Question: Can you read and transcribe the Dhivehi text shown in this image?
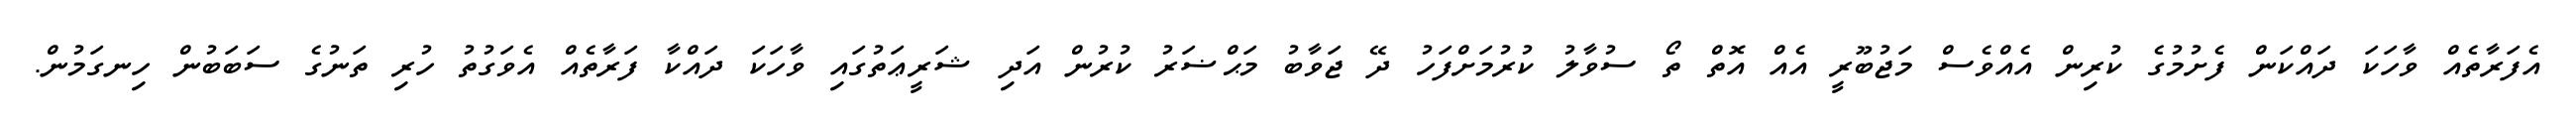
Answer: އެފަރާތެއް ވާހަކަ ދައްކަން ފެށުމުގެ ކުރިން އެއްވެސް މަޖުބޫރީ އެއް އޮތް ތޯ ސުވާލު ކުރުމަށްފަހު ދޭ ޖަވާބު މަޙްޟަރު ކުރުން އަދި ޝަރީޢަތުގައި ވާހަކަ ދައްކާ ފަރާތެއް އެވަގުތު ހުރި ތަނުގެ ސަބަބުން ހިނގަމުން.